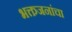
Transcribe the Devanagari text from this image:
भक्तजनांचा